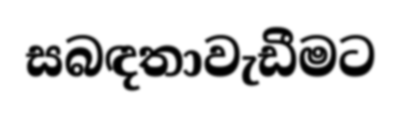
සබඳතාවැඩීමට